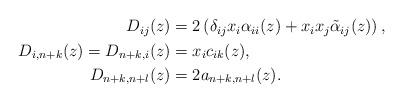
LaTeX: \begin{align*}\begin{aligned}D_{ij}(z) &= 2\left(\delta_{ij} x_i\alpha_{ii}(z)+x_ix_j \tilde\alpha_{ij}(z)\right),\\D_{i,n+k}(z)=D_{n+k,i}(z) &= x_i c_{ik}(z),\\D_{n+k,n+l}(z) &= 2a_{n+k,n+l}(z).\end{aligned}\end{align*}